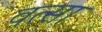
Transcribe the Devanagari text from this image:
वत्सा